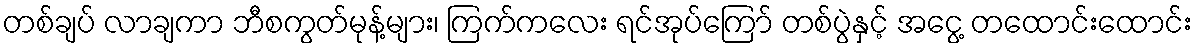
တစ်ချပ် လာချကာ ဘီစကွတ်မုန့်များ၊ ကြက်ကလေး ရင်အုပ်ကြော် တစ်ပွဲနှင့် အငွေ့ တထောင်းထောင်း